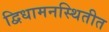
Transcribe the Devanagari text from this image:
द्विधामनस्थितीत